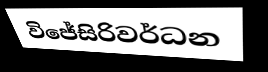
විජේසිරිවර්ධන